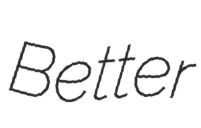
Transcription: Better